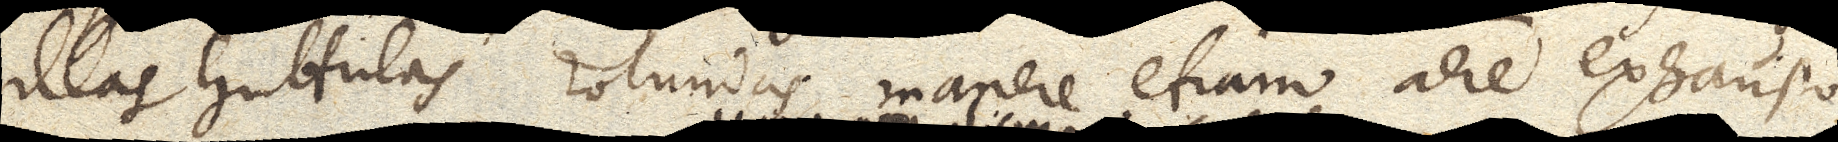
illas guttulas rotundas manere etiam aere exhausto.